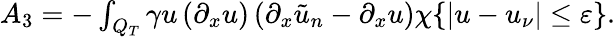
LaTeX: \begin{array}{r}{A_{3}=-\int_{Q_{T}}\gamma u\left(\partial_{x}u\right)\left(\partial_{x}\tilde{u}_{n}-\partial_{x}u\right)\chi\{ |u-u_{\nu}|\leq\varepsilon\} .}\end{array}